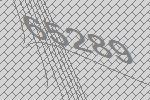
65289